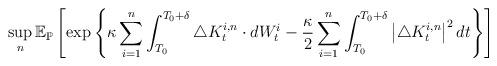
LaTeX: \begin{align*}\sup _{n} \mathbb{E}_{\mathbb{P}}\left[\exp \left\{\kappa \sum_{i=1}^{n} \int_{T_{0}}^{T_{0}+\delta} \triangle K_{t}^{i, n} \cdot d W_{t}^{i}-\frac{\kappa}{2}\sum_{i=1}^n \int_{T_{0}}^{T_{0}+\delta}\left|\triangle K_{t}^{i, n}\right|^{2} d t\right\}\right]\end{align*}